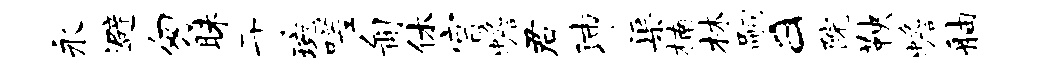
永避匆昧于琬嗟匍休宫蟾君沛渠楠林嗣a院鞅蟾舳